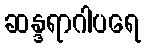
ဆန္ဒရာဂါပရေ